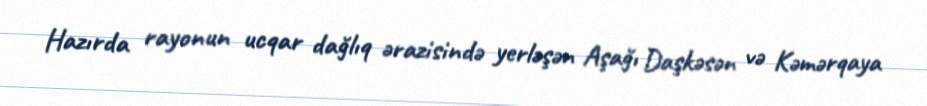
Hazırda rayonun ucqar dağlıq ərazisində yerləşən Aşağı Daşkəsən və Kəmərqaya